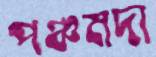
পঞ্চমদা